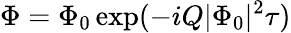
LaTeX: \Phi=\Phi_{0}\exp(-iQ|\Phi_{0}|^{2}\tau)